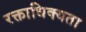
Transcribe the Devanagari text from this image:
रक्ताधिक्यता